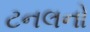
ટનલનો